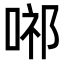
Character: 𭈢